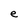
Character: e